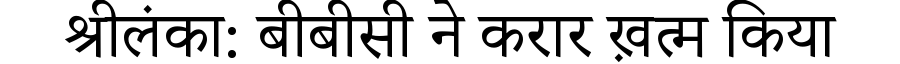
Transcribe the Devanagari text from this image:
श्रीलंका: बीबीसी ने करार ख़त्म किया